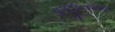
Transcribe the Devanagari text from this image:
पुनर्दृष्टिकोनातून